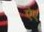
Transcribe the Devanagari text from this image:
ऐए